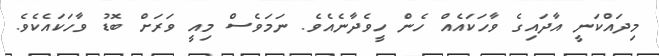
މިދައްކަނީ އާދައިގެ ވާހަކައެއް ހެން ހީވެދާނެއެވެ. ނަމަވެސް މިއީ ވަރަށް ބޮޑު ވާހަކައެކެވެ.